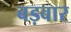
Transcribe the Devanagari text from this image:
बड़वार